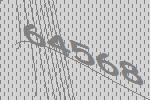
64568